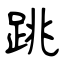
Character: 跳